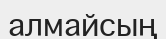
алмайсың